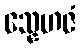
သ္နေဟဇံ